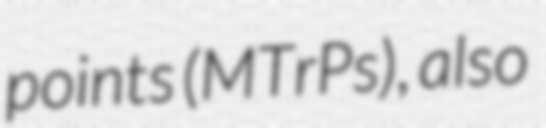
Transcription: points (MTrPs), also